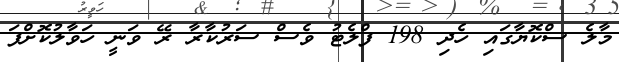
މާލެ ސްކޮޔާގައި ހެދި 198 ފްލެޓު ވެސް ސަރުކާރާ ރޭ ވަނީ ހަވާލުކޮށްފަ